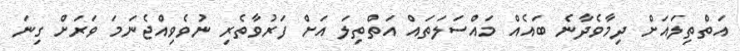
އަތްތިލައަށް ދިމާވެދާނެ ބައެއް މައްސަލަތައް އަތްތިލަ އަށް ފަރުވާތެރި ނުވެވިއްޖެނަމަ ވަރަށް ގިނަ